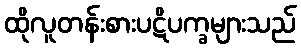
ထိုလူတန်းစားပဋိပက္ခများသည်